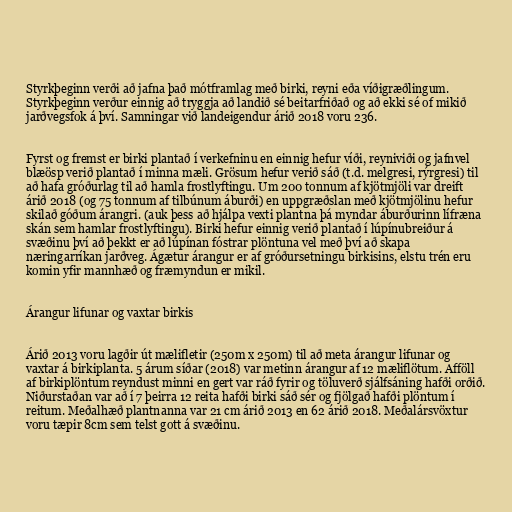
Styrkþeginn verði að jafna það mótframlag með birki, reyni eða víðigræðlingum.
Styrkþeginn verður einnig að tryggja að landið sé beitarfriðað og að ekki sé of mikið
jarðvegsfok á því. Samningar við landeigendur árið 2018 voru 236.

Fyrst og fremst er birki plantað í verkefninu en einnig hefur víði, reyniviði og jafnvel
blæösp verið plantað í minna mæli. Grösum hefur verið sáð (t.d. melgresi, rýrgresi) til
að hafa gróðurlag til að hamla frostlyftingu. Um 200 tonnum af kjötmjöli var dreift
árið 2018 (og 75 tonnum af tilbúnum áburði) en uppgræðslan með kjötmjölinu hefur
skilað góðum árangri. (auk þess að hjálpa vexti plantna þá myndar áburðurinn lífræna
skán sem hamlar frostlyftingu). Birki hefur einnig verið plantað í lúpínubreiður á
svæðinu því að þekkt er að lúpínan fóstrar plöntuna vel með því að skapa
næringarríkan jarðveg. Ágætur árangur er af gróðursetningu birkisins, elstu trén eru
komin yfir mannhæð og fræmyndun er mikil.

Árangur lifunar og vaxtar birkis

Árið 2013 voru lagðir út mælifletir (250m x 250m) til að meta árangur lifunar og
vaxtar á birkiplanta. 5 árum síðar (2018) var metinn árangur af 12 mæliflötum. Afföll
af birkiplöntum reyndust minni en gert var ráð fyrir og töluverð sjálfsáning hafði orðið.
Niðurstaðan var að í 7 þeirra 12 reita hafði birki sáð sér og fjölgað hafði plöntum í
reitum. Meðalhæð plantnanna var 21 cm árið 2013 en 62 árið 2018. Meðalársvöxtur
voru tæpir 8cm sem telst gott á svæðinu.